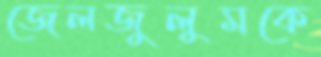
জেলজুলুমকে